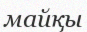
майқы